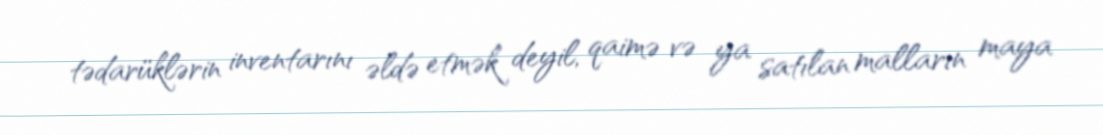
tədarüklərin inventarını əldə etmək deyil, qaimə və ya satılan malların maya